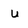
Character: u